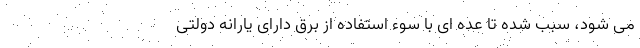
می شود، سبب شده تا عده ای با سوء استفاده از برق دارای یارانه دولتی